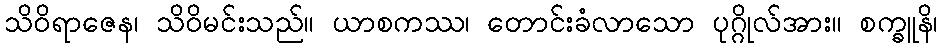
သိဝိရာဇေန၊ သိဝိမင်းသည်။ ယာစကဿ၊ တောင်းခံလာသော ပုဂ္ဂိုလ်အား။ စက္ခူနိ၊